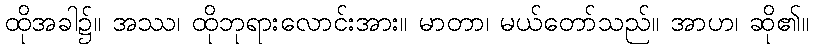
ထိုအခါ၌။ အဿ၊ ထိုဘုရားလောင်းအား။ မာတာ၊ မယ်တော်သည်။ အာဟ၊ ဆို၏။